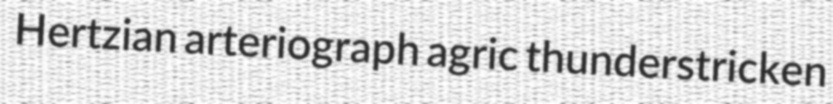
Hertzian arteriograph agric thunderstricken